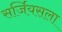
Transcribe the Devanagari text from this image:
सर्जियसला